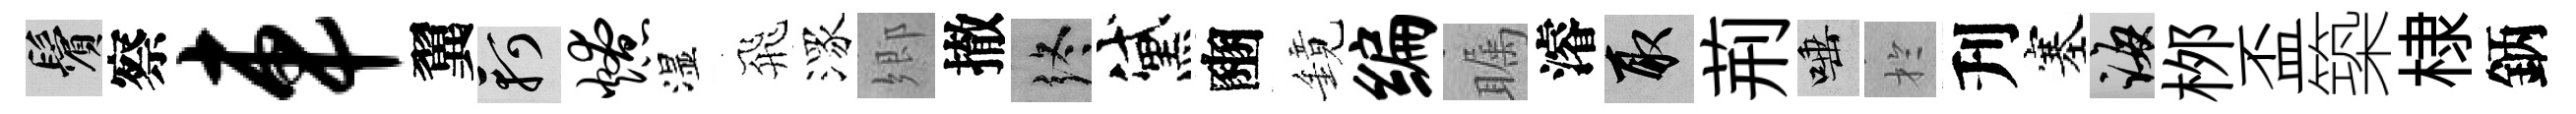
鬢察车翼軻燎湿飛潈郷撤终黛豳鏡编瞩濬取荊唾扵刋塞誨桞盃築棣鈵